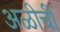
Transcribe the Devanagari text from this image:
अळीची